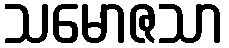
သမောဇသာ